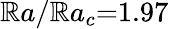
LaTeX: \mathbb{R}a/\mathbb{R}a_{c}{=}1.97